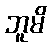
ဘူမိ